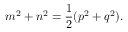
m ^ { 2 } + n ^ { 2 } = { \frac { 1 } { 2 } } ( p ^ { 2 } + q ^ { 2 } ) .